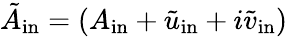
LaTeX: \tilde{A}_{\mathrm{in}}=(A_{\mathrm{in}}+\tilde{u}_{\mathrm{in}}+i\tilde{v}_{\mathrm{in}})